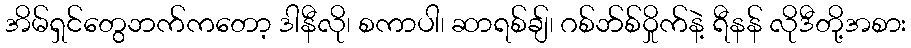
အိမ်ရှင်တွေဘက်ကတော့ ဒါနီလို၊ စကာပါ၊ ဆာရစ်ချ်၊ ဂစ်ဘ်စ်ဝှိုက်နဲ့ ရီနန် လိုဒီတို့အစား